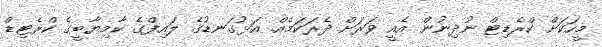
މީހަކަށް ކްރެޑިޓް ނުދިނުން އެއީ ވަރަށް ދެރަކަމެއް. އަޅުގަނޑުގެ ލައިފްގެ ކާމިޔާބީގެ ކްރެޓިޑް